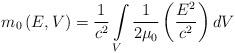
LaTeX: \begin{align*}m_{0}\left(E,V\right) = \frac{1}{c^2} \int\limits_{V}\frac{1}{2\mu_{0}}\left(\frac{E^{2}}{c^{2}}\right)dV\end{align*}